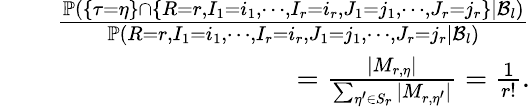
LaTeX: \begin{array}{rlr}&{}&{\frac{\mathbb{P}(\{ \tau=\eta\} \cap\{ R=r,I_{1}=i_{1},\cdots,I_{r}=i_{r},J_{1}=j_{1},\cdots,J_{r}=j_{r}\} |\mathcal{B}_{l})}{\mathbb{P}(R=r,I_{1}=i_{1},\cdots,I_{r}=i_{r},J_{1}=j_{1},\cdots,J_{r}=j_{r}|\mathcal{B}_{l})}}\\ &{}&{=\frac{|M_{r,\eta}|}{\sum_{\eta^{\prime}\in S_{r}}|M_{r,\eta^{\prime}}|}=\frac{1}{r!}.}\end{array}